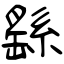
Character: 繇